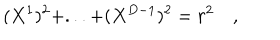
( X ^ { 1 } ) ^ { 2 } + . . . + ( X ^ { D - 1 } ) ^ { 2 } = r ^ { 2 } \quad ,